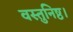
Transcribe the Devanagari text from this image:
वस्तुनिष्ठ।